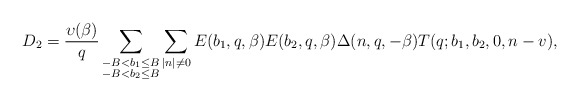
\begin{align*}D_2=\frac{\upsilon(\beta)}{q}\sum_{\substack{-B<b_1\le B\\ -B<b_2\le B }}\sum_{|n|\not=0}E(b_1,q,\beta)E(b_2,q,\beta)\Delta(n,q,-\beta)T(q;b_1,b_2,0,n-v),\end{align*}